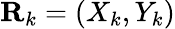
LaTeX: \textbf{R}_{k}=(X_{k},Y_{k})